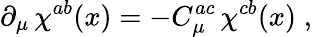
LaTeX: \partial_{\mu}\, \chi^{ab}(x)=-C_{\mu}^{ac}\, \chi^{cb}(x)\; ,